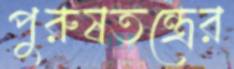
পুরুষতন্ত্রের